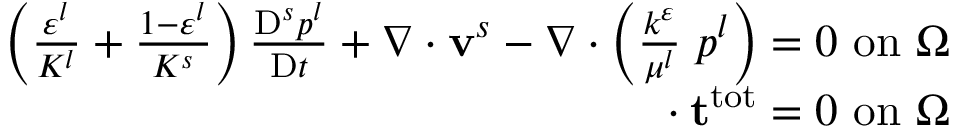
\begin{array} { r } { \left( \frac { \varepsilon ^ { l } } { K ^ { l } } + \frac { 1 - \varepsilon ^ { l } } { K ^ { s } } \right) \frac { \mathrm { D } ^ { s } p ^ { l } } { \mathrm { D } t } + \nabla \cdot \mathbf { v } ^ { s } - \nabla \cdot \left( \frac { k ^ { \varepsilon } } { \mu ^ { l } } \mathbf { \nabla } p ^ { l } \right) = 0 ~ \mathrm { o n ~ } \Omega } \\ { \mathbf { \nabla } \cdot \mathbf { t } ^ { \mathrm { t o t } } = 0 ~ \mathrm { o n ~ } \Omega } \end{array}